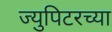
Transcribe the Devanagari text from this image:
ज्युपिटरच्या